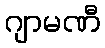
ဂျာမဏီ